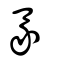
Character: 彖